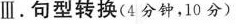
Ⅲ.句型转换(4分钟,10 分)